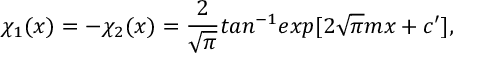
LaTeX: \chi _ { 1 } ( x ) = - \chi _ { 2 } ( x ) = \frac { 2 } { \sqrt { \pi } } t a n ^ { - 1 } e x p [ 2 \sqrt { \pi } m x + c ^ { \prime } ] ,